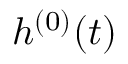
h ^ { ( 0 ) } ( t )